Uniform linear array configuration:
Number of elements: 48
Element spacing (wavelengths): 0.5
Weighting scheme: hann
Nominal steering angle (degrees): -60
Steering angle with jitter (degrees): -60.251
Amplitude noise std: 0.05
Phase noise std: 0.05

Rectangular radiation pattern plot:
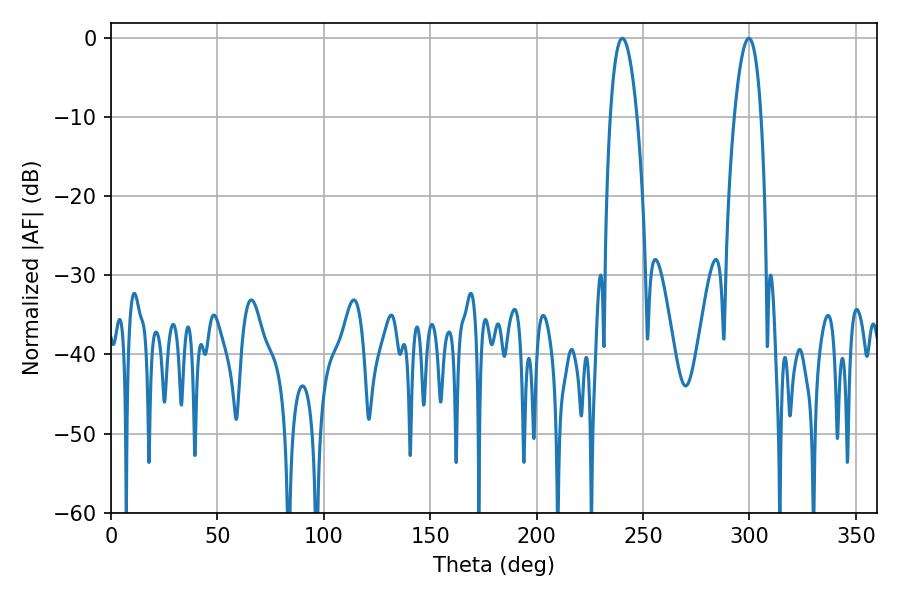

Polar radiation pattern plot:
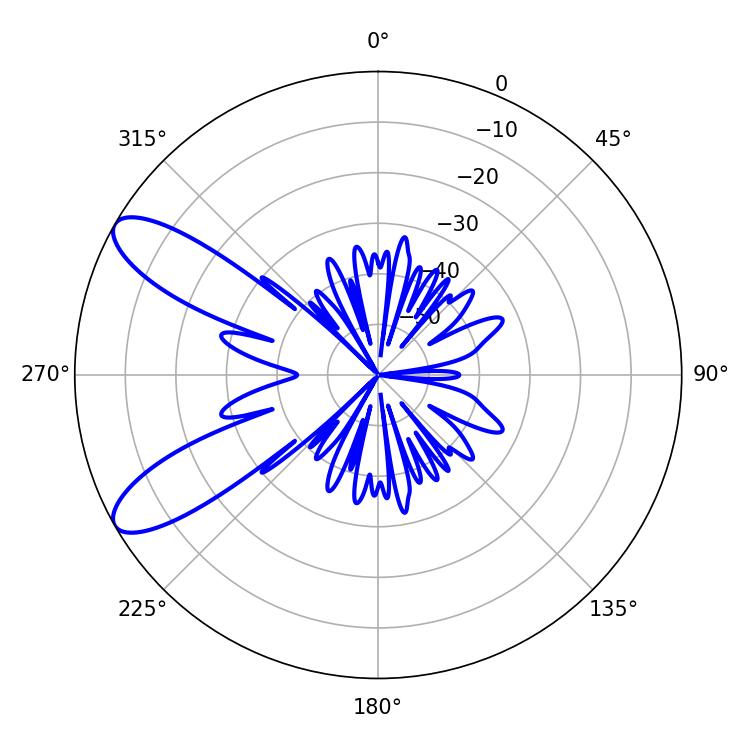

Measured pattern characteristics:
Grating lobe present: FALSE
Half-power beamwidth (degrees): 6.84
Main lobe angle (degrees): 299.7